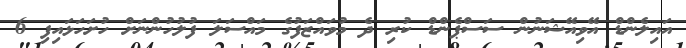
އައިލެންޑް އޭވިއޭޝަނުން ސަސްޕެންޑް ކުރި ދެ މުވައްޒަފުގެ މައްސަލަ ފުލުހުންނަށް ހުށަހަޅައިފި 6